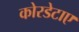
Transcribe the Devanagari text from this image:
कोरडेटाए